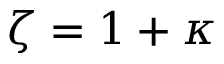
\zeta = 1 + \kappa